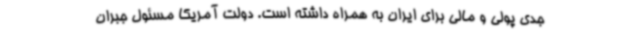
جدی پولی و مالی برای ایران به همراه داشته است. دولت آمریکا مسئول جبران